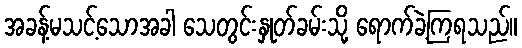
အခန့်မသင့်သောအခါ သေတွင်းနှုတ်ခမ်းသို့ ရောက်ခဲ့ကြရသည်။